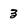
Character: 3